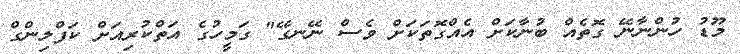
މޫޑު ހުންނާނޭ ގޮތެއް ބުނާކަށް އެއްގޮތަކަށް ވެސް ނޭނގޭ" ގަމީހުގެ އަތްކުރިއަށް ކަފްލިންގް